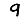
Digit: 9